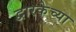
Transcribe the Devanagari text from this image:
द्वारकेच्या